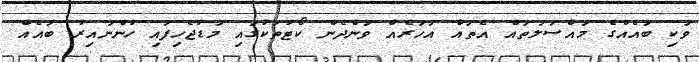
ވަކި ބައެއްގެ މައްސަލަތައް އެތައް އަހަރެއް ވަންދެން ކޯޓުތަކުގައި މަޑުޖެހިފައި ހުންނައިރު ބައެއް